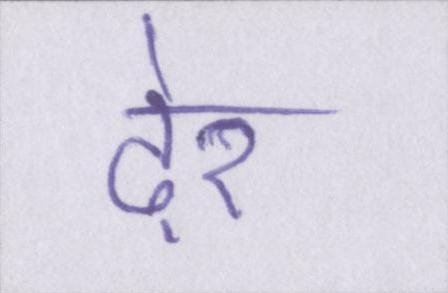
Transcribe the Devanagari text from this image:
ढ़ेर